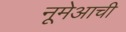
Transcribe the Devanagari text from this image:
नूमेआची